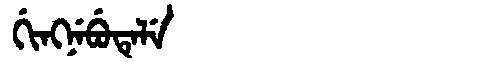
Manchu: ᡤᡳᠩᠨᡝᠪᡠᡨᡝᠯᡝ
Romanization: GINGNEBUTELE